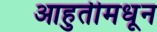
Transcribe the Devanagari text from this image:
आहुतीमधून